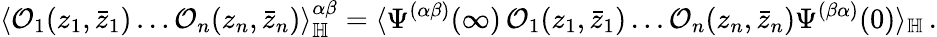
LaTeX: \langle\mathcal{O}_{1}(z_{1},\bar{z}_{1})\dots\mathcal{O}_{n}(z_{n},\bar{z}_{n})\rangle_{\mathbb{H}}^{\alpha\beta}=\langle\Psi^{(\alpha\beta)}(\infty)\, \mathcal{O}_{1}(z_{1},\bar{z}_{1})\dots\mathcal{O}_{n}(z_{n},\bar{z}_{n})\Psi^{(\beta\alpha)}(0)\rangle_{\mathbb{H}}\, .